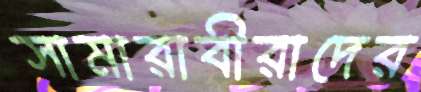
সামারাবীরাদের